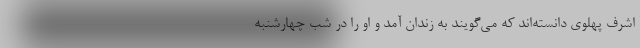
اشرف پهلوی دانسته‌اند که می‌گویند به زندان آمد و او را در شب چهارشنبه